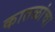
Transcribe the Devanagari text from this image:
कातळांचा